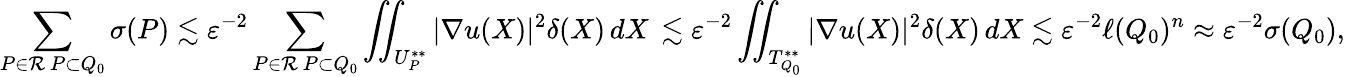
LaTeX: \sum_{\substack{P\in\mathcal{R}\, P\subset Q_{0}}}\sigma(P)\lesssim\varepsilon^{-2}\sum_{\substack{P\in\mathcal{R}\, P\subset Q_{0}}}\iint_{U_{P}^{**}}|\nabla u(X)|^{2}\delta(X)\, dX\, \lesssim\varepsilon^{-2}\iint_{T_{Q_{0}}^{**}}|\nabla u(X)|^{2}\delta(X)\, dX\lesssim\varepsilon^{-2}\ell(Q_{0})^{n}\approx\varepsilon^{-2}\sigma(Q_{0}),